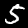
Digit: 5